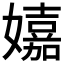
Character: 𡣗